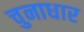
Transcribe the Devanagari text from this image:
चुनाधार